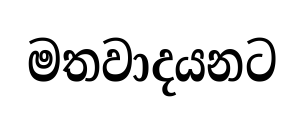
මතවාදයනට